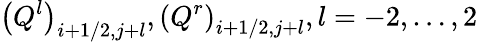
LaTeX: {{\left({{Q}^{l}}\right)}_{i+1/2,j+l}},{{\left({{Q}^{r}}\right)}_{i+1/2,j+l}},l=-2,\ldots,2